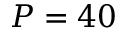
P = 4 0